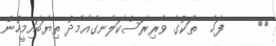
٨٧     ފަހެ  ތަކުގެ ވެރިރަސްކަލާނގެއާމެދު ތިޔަބައިމީހުން